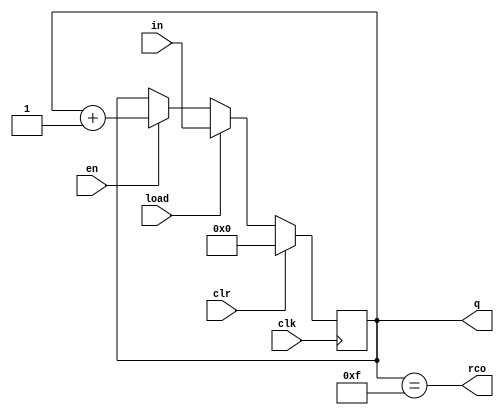
module gy163(
    input en,
    input [3:0] in,
    input load,
    input clk,
    input clr,
    output rco,
    output [0:3] q
    );

    reg [3:0] cnt;

    always @(posedge clk) begin
        if (clr) cnt <= 0;
        else if (load) cnt <= in;
        else if (en) cnt <= cnt + 1;
    end

    assign rco = (cnt == 4'b1111);
    assign q = cnt;

endmodule